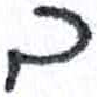
אות: ב